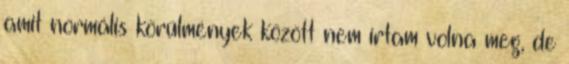
amit normális körülmények között nem írtam volna meg, de